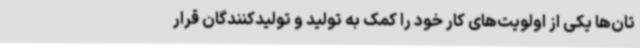
تان‌ها یکی از اولویت‌های کار خود را کمک به تولید و تولیدکنندگان قرار